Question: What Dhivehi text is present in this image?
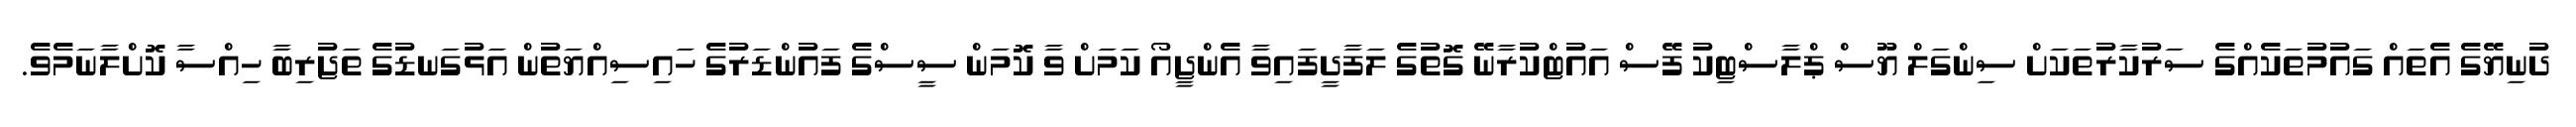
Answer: ދުނިޔޭގެ އެތައް ގައުމުތަކެއްގެ ސަރުކާރުތަކަށް ސިންގަލް ޔޫސް ޕްލާސްޓިކު ފޭސް އައުޓްކުރާނޭ ގޮތުގެ ލަފާދީފައިވާ އެންޖީއޯ ކަމަށް ވާ ކޮމަން ސީސްގެ ފައުންޑަރުގެ ހައިސިއްޔަތުން އަޅުގަނޑުގެ ތަޖުރިބާ ހިއްސާ ކޮށްލާނަމެވެ.